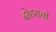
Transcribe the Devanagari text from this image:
दोहरानी